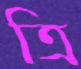
ত্রি